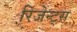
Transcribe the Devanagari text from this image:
रिजेन्ट्स